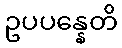
ဥပပန္နေတိ